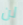
لن